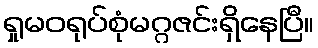
ရှုမဝရုပ်စုံမဂ္ဂဇင်းရှိနေပြီ။